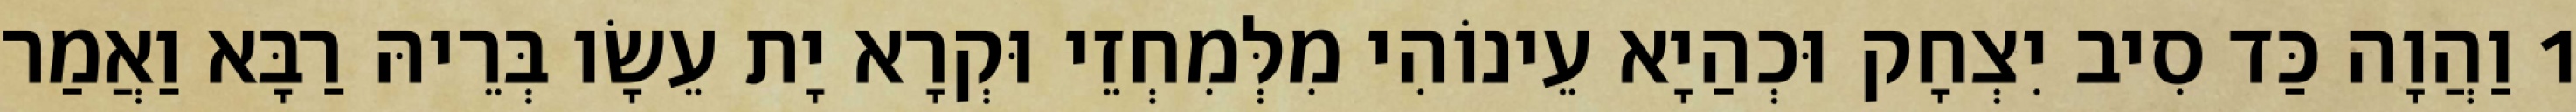
1 וַהֲוָה כַּד סִיב יִצְחָק וּכְהַיָא עֵינוֹהִי מִלְּמִחְזֵי וּקְרָא יָת עֵשָׂו בְּרֵיהּ רַבָּא וַאֲמַר